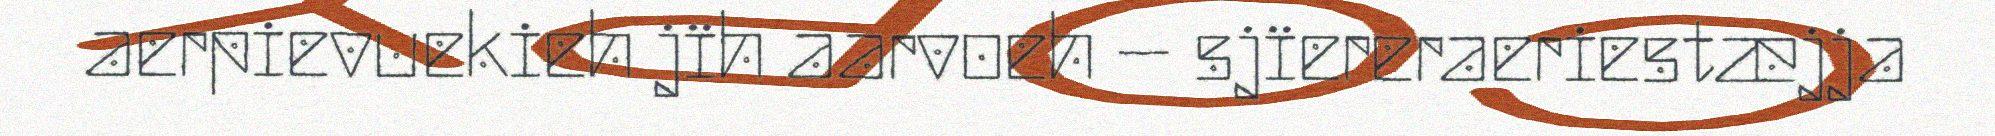
aerpievuekieh jïh aarvoeh – sjïereraeriestæjja